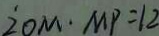
2 0 M \cdot M P = 1 2